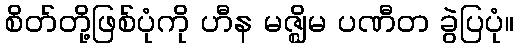
စိတ်တို့ဖြစ်ပုံကို ဟီန မဇ္ဈိမ ပဏီတ ခွဲပြပုံ။